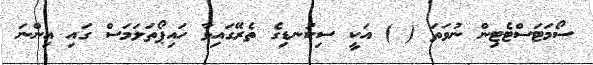
ސޯމަޓަސްޓެޓިން ނުވަތަ ( ) އަކީ ސިކުނޑިގެ ތެރޭގައިވާ ހައިޕޯތަލަމަސް ގައި އިންނަ